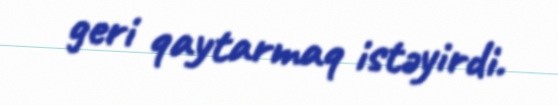
geri qaytarmaq istəyirdi.